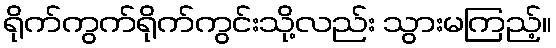
ရိုက်ကွက်ရိုက်ကွင်းသို့လည်း သွားမကြည့်။